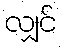
လျှင်